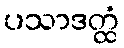
ပသာဒတ္ထံ